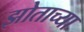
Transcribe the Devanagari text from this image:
झोताच्या